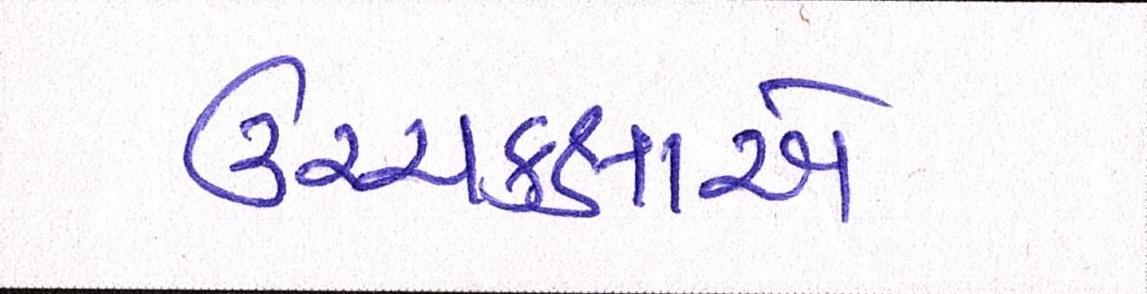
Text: ઉચ્ચકક્ષાએ